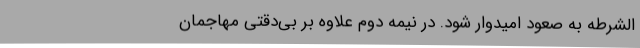
الشرطه به صعود امیدوار شود. در نیمه دوم علاوه بر بی‌دقتی مهاجمان